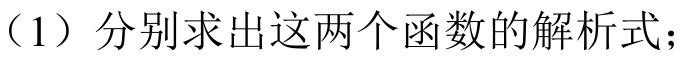
（1）分别求出这两个函数的解析式；